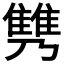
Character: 𩀟